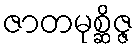
ဇာတမုစ္ဆိဇ္ဇ